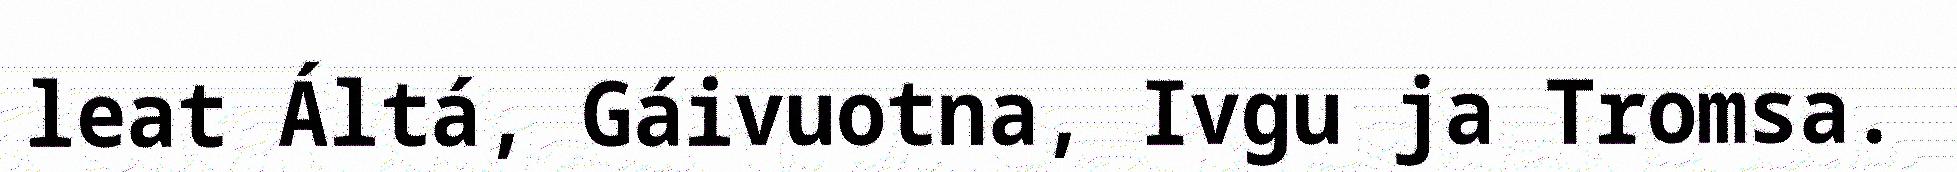
leat Áltá, Gáivuotna, Ivgu ja Tromsa.